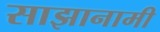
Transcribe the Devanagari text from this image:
साझानामी